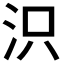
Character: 𣲵